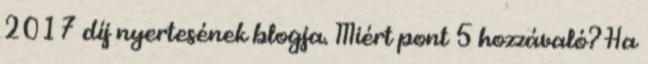
2017 díj nyertesének blogja. Miért pont 5 hozzávaló? Ha